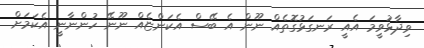
ވިދާޅުވީމަ އެއީ ރަނގަޅުގޮތެއް ނޫން އެ ބޭސް އެކަންޏެއް ނޫނޭ ހުންނާނީ އެކަމަށް